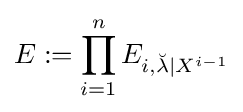
E:=\prod _{i=1}^{n}E_{i,{\breve {\lambda }}|X^{i-1}}